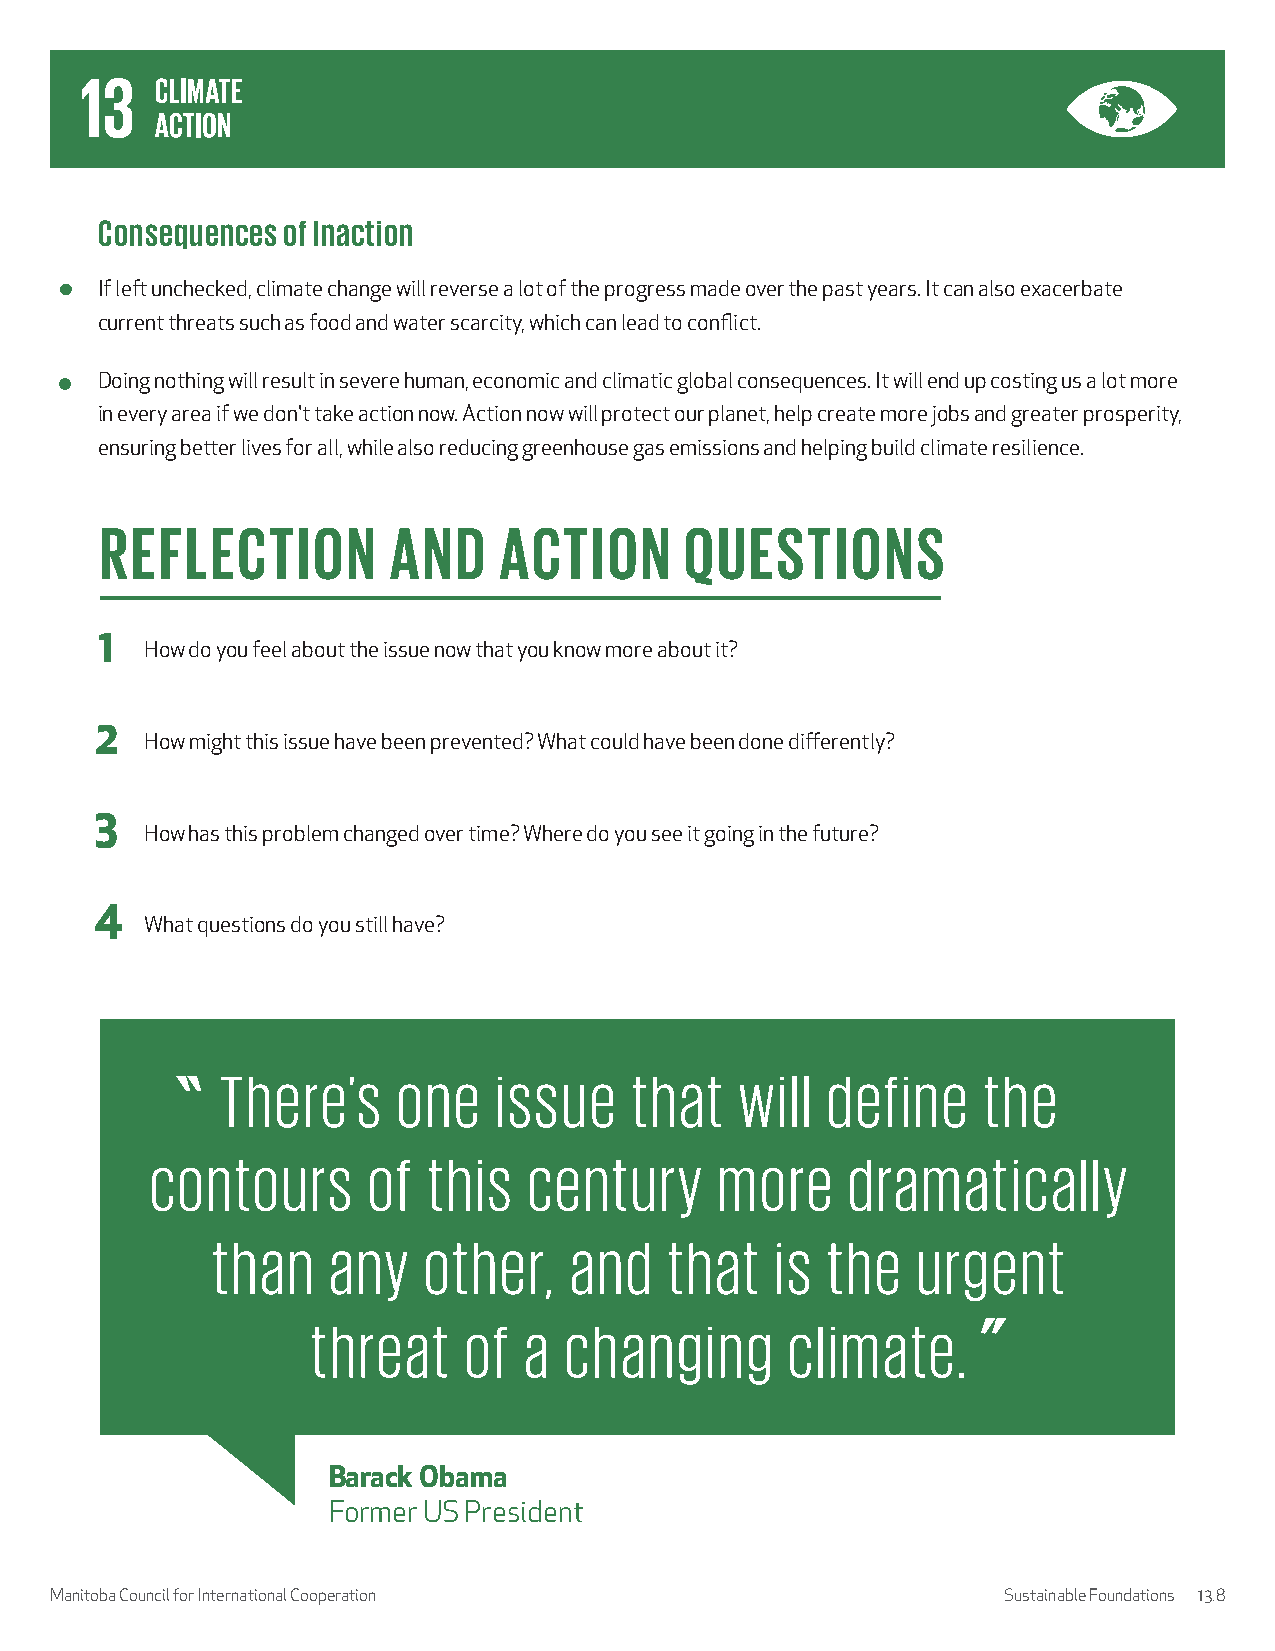
Consequences of Inaction
 If left unchecked, climate change will reverse a lot of the progress made over the past years. It can also exacerbate
 current threats such as food and water scarcity, which can lead to conflict.
 Doing nothing will result in severe human, economic and climatic global consequences. It will end up costing us a lot more
 in every area if we don't take action now. Action now will protect our planet, help create more jobs and greater prosperity,
 ensuring better lives for all, while also reducing greenhouse gas emissions and helping build climate resilience.
 REFLECTION         AND    ACTION      QUESTIONS
 1
 How do you feel about the issue now that you know more about it?
 2
 How might this issue have been prevented? What could have been done differently?
 3
 How has this problem changed over time? Where do you see it going in the future?
 4
 What questions do you still have?
 There’s    one    issue    that   will  define    the
 contours      of  this   century      more    dramatically
 than    any   other,    and   that   is  the   urgent
 threat    of  a changing       climate.
 Barack Obama
 Former US President
 Manitoba Council for International Cooperation                 Sustainable Foundations 13.8